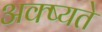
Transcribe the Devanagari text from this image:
अक्ष्यते